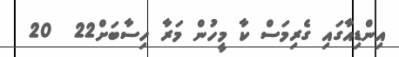
އިންޑިއާގައި ގެރިމަސް ކާ މީހުން މަރާ ހިސާބަށް22  20